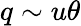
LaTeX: q\sim u\theta